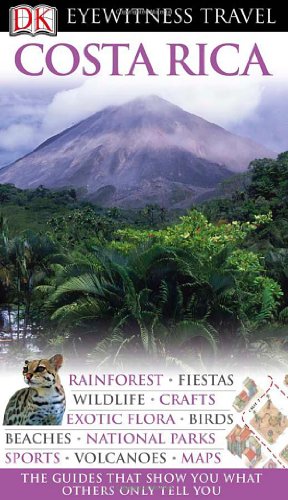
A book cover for Costa Rica (EYEWITNESS TRAVEL GUIDE); DK Publishing; Travel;